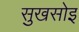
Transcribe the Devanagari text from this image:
सुखसोइ